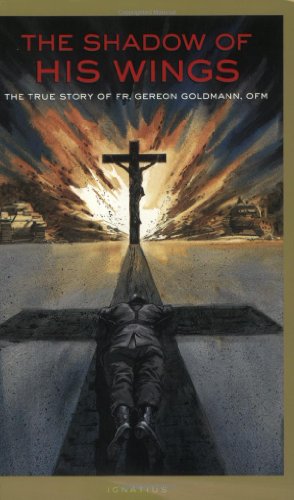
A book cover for The Shadow of His Wings: The True Story of Fr. Gereon Goldmann, OFM; Gereon Goldmann; Christian Books & Bibles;